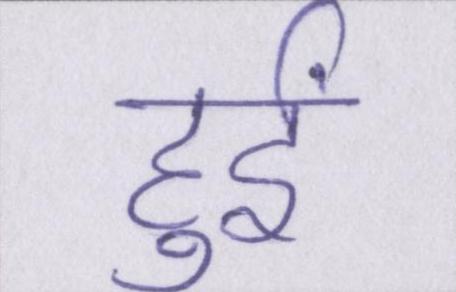
हुईं